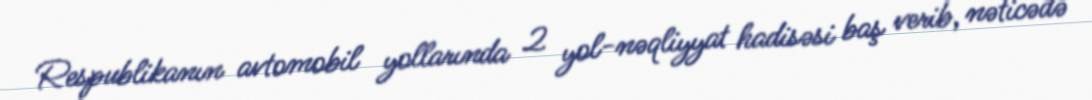
Respublikanın avtomobil yollarında 2 yol-nəqliyyat hadisəsi baş verib, nəticədə